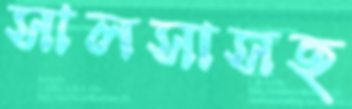
সালসাসহ